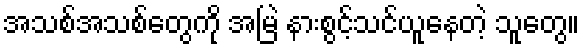
အသစ်အသစ်တွေကို အမြဲ နားစွင့်သင်ယူနေတဲ့ သူတွေ။